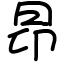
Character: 昴